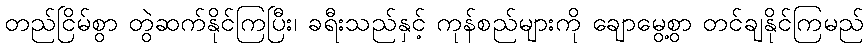
တည်ငြိမ်စွာ တွဲဆက်နိုင်ကြပြီး၊ ခရီးသည်နှင့် ကုန်စည်များကို ချောမွေ့စွာ တင်ချနိုင်ကြမည်